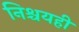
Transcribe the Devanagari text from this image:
निश्चयही